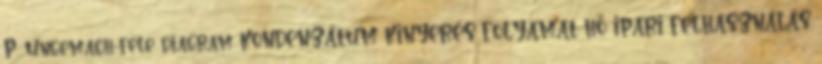
P. Ungemach-féle diagram KONDENZÁTUM KINYERÉS FOLYAMAT HŐ IPARI FELHASZNÁLÁS